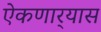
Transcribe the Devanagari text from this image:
ऐकणार्‍यास